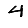
Digit: 4